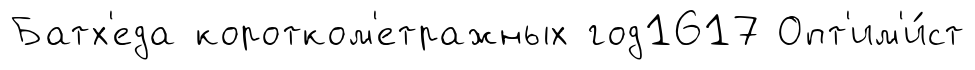
Батх'еда коротком'етражных год1617 Опт'им'и́ст